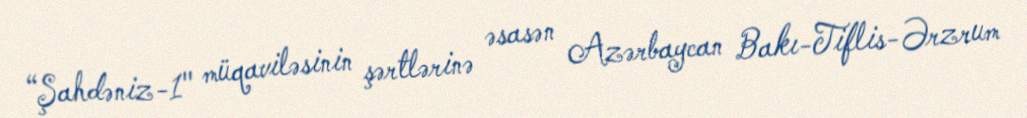
“Şahdəniz-1" müqaviləsinin şərtlərinə əsasən Azərbaycan Bakı-Tiflis-Ərzrum